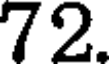
72.